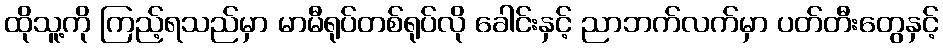
ထိုသူ့ကို ကြည့်ရသည်မှာ မာမီရုပ်တစ်ရုပ်လို ခေါင်းနှင့် ညာဘက်လက်မှာ ပတ်တီးတွေနှင့်